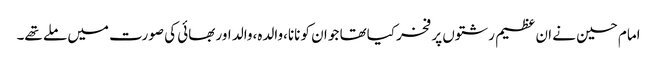
امام حسین نے ان عظیم رشتوں پر فخر کیاتھا جو ان کو نانا،والدہ،والد اور بھائی کی صورت میں ملے تھے۔